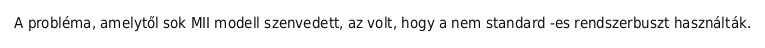
A probléma, amelytől sok MII modell szenvedett, az volt, hogy a nem standard -es rendszerbuszt használták.